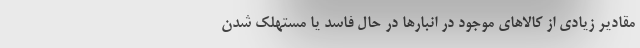
مقادیر زیادی از کالاهای موجود در انبارها در حال فاسد یا مستهلک شدن